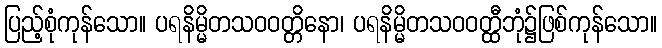
ပြည့်စုံကုန်သော။ ပရနိမ္မိတသဝဝတ္တိနော၊ ပရနိမ္မိတသဝဝတ္ထီဘုံ၌ဖြစ်ကုန်သော။